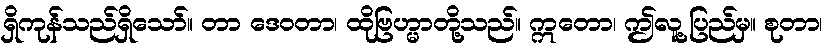
ရှိကုန်သည်ရှိသော်။ တာ ဒေဝတာ၊ ထိုဗြဟ္မာတို့သည်။ ဣတော၊ ဤလူ့ပြည်မှ။ စုတာ၊